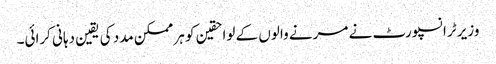
وزیر ٹرانسپورٹ نے مرنے والوں کے لواحقین کو ہر ممکن مدد کی یقین دہانی کرائی۔